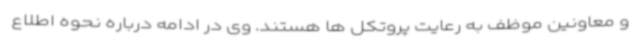
و معاونین موظف به رعایت پروتکل ها هستند. وی در ادامه درباره نحوه اطلاع